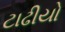
ટાઢીયો